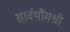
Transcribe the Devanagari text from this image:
सार्वभौमश्री